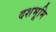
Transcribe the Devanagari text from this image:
दशभूमि